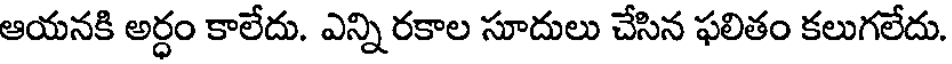
ఆయనకి అర్ధం కాలేదు. ఎన్ని రకాల సూదులు చేసిన ఫలితం కలుగలేదు.